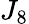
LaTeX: J_{8}